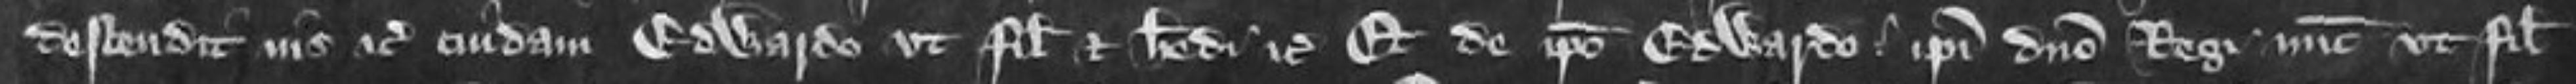
descendit ius etc cuidam Edwardo ut filio et heredi etc Et de ipso Edwardo ipsi domino Regi nunc ut filium